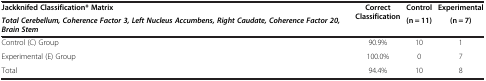
| Jackknifed Classification* MatrixTotal Cerebellum, Coherence Factor 3, Left Nucleus Accumbens, Right Caudate, Coherence Factor 20, Brain Stem | Correct Classification | Control(n = 11) | Experimental(n = 7) |
 | --- | --- | --- | --- |
 | Control (C) Group | 90.9% | 10 | 1 |
 | Experimental (E) Group | 100.0% | 0 | 7 |
 | Total | 94.4% | 10 | 8 |